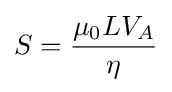
S={\frac {\mu _{0}LV_{A}}{\eta }}